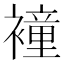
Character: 𧝎